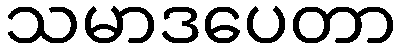
သမာဒပေတာ